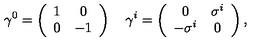
\gamma ^ { 0 } = \left( \begin{array} { c c } { 1 } & { 0 } \\ { 0 } & { - 1 } \\ \end{array} \right) \quad \gamma ^ { i } = \left( \begin{array} { c c } { 0 } & { \sigma ^ { i } } \\ { - \sigma ^ { i } } & { 0 } \\ \end{array} \right) ,